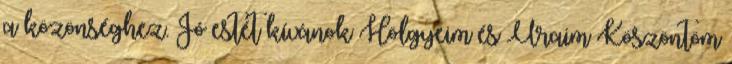
a közönséghez. Jó estét kívánok Hölgyeim és Uraim Köszöntöm